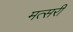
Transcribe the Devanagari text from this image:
मत्सरी